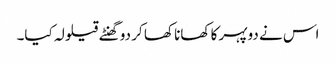
اس نے دوپہر کا کھانا کھا کر دو گھنٹے قیلولہ کیا۔